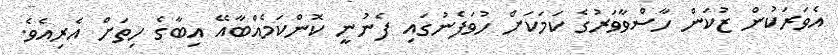
އެވަރަކުން ޒުކަން ހާސްވާވަރުގެ ކަމަކަށް ހުވަފެނުގައި ފެނުނީ ކޮންކަމެއްބާއޭ އިބާގެ ހިތަށް އެރިއެވެ.